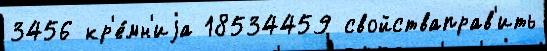
3456 кр'е́мн'иjа 18534459 свойстваправ'ить